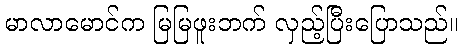
မာလာမောင်က မြမြဖူးဘက် လှည့်ပြီးပြောသည်။